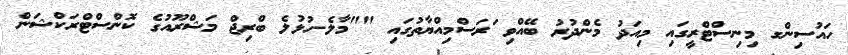
ހައުސިންގ މިނިސްޓްރީގައި މިއަދު މެންދުރު ބޭއްވި ަރަސްމިއްޔާތުގައި ""މާލެ-ހުޅުލެ ބްރިޖް މަޝްރޫއުގެ ކޮންސްޓްރަކްޝަން